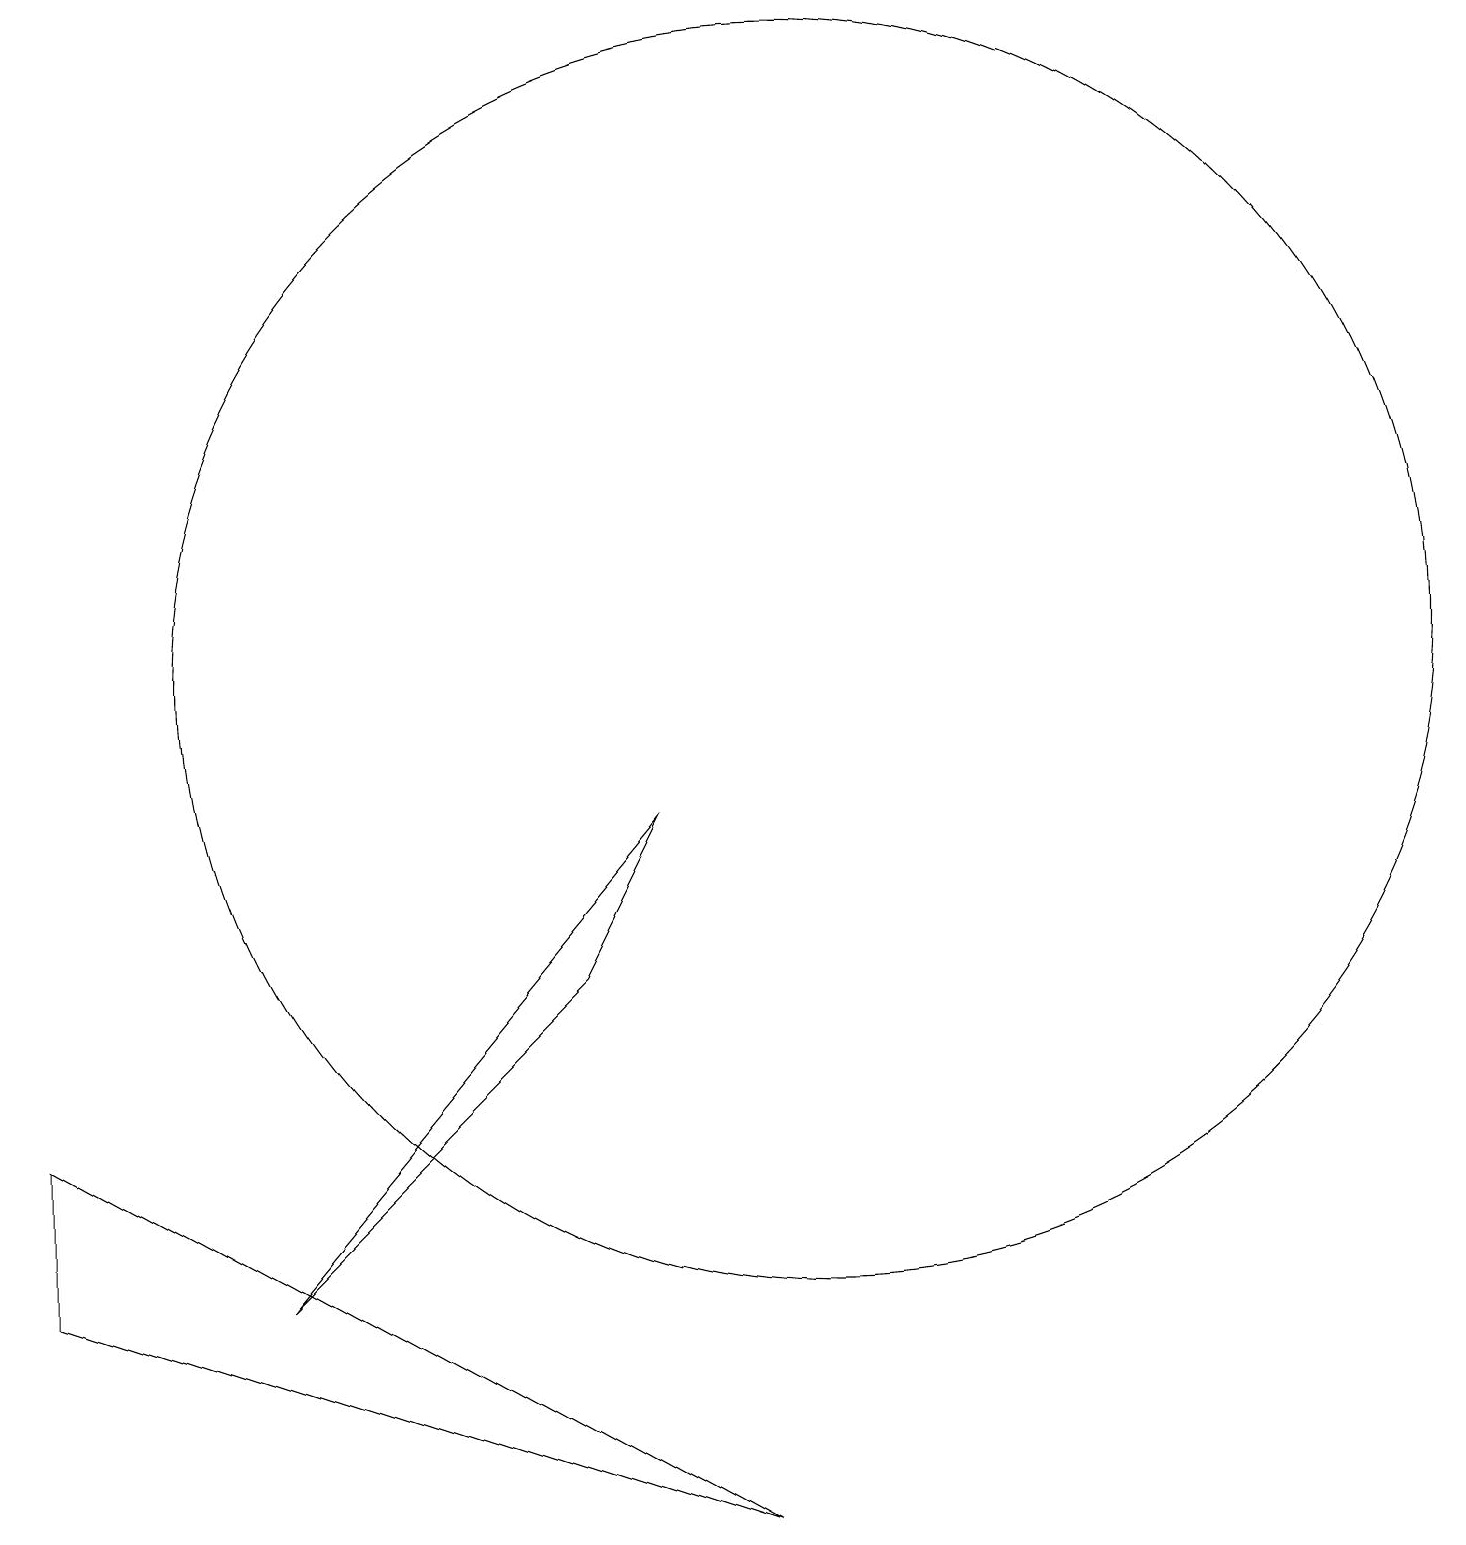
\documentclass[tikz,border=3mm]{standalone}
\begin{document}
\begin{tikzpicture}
\draw (0,5) -- (0,3) -- (9,0) -- cycle;
\draw (10,11) circle (8);
\draw (8,9) -- (7,7) -- (3,3) -- cycle;
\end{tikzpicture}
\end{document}